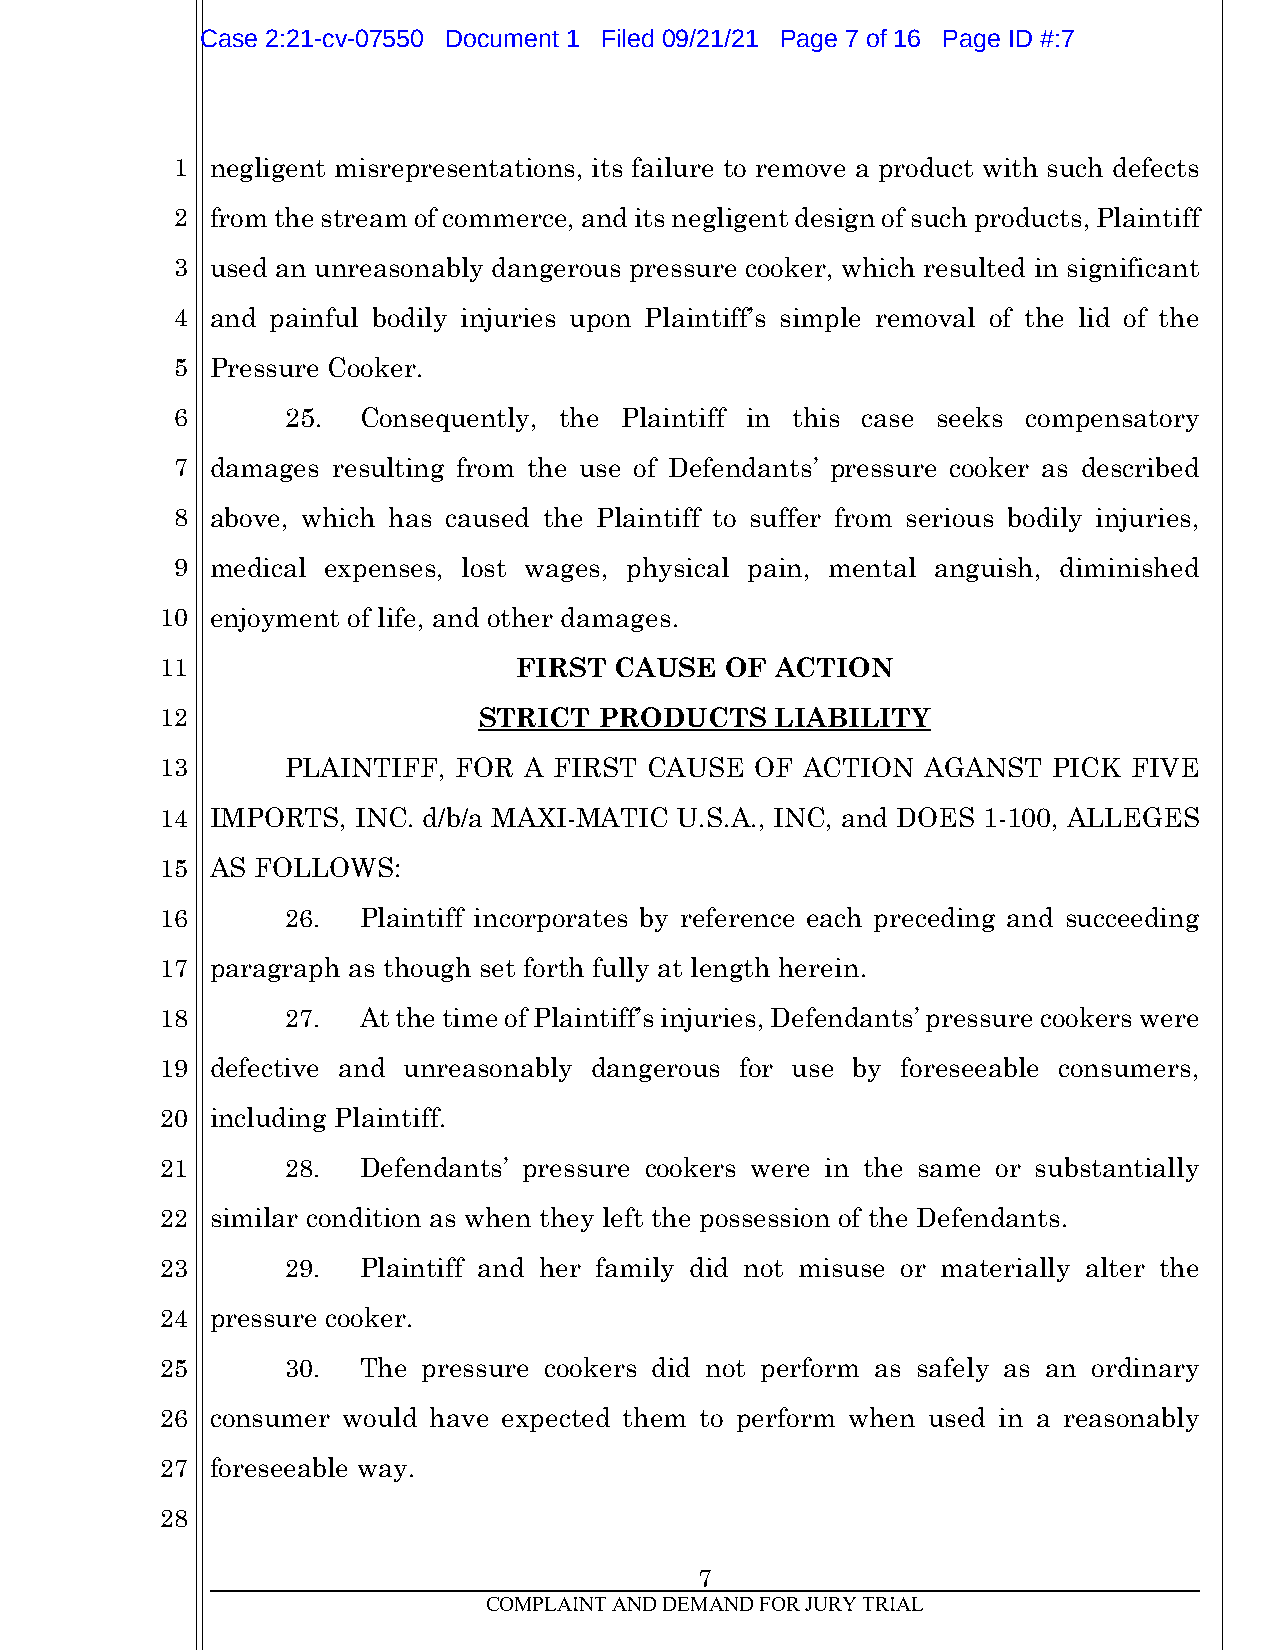
Case 2:21-cv-07550 Document 1 Filed 09/21/21 Page 7 of 16 Page ID #:7
 1  negligent misrepresentations, its failure to remove a product with such defects
 2  from the stream of commerce, and its negligent design of such products, Plaintiff
 3  used an unreasonably dangerous pressure cooker, which resulted in significant
 4  and painful bodily injuries upon Plaintiff’s simple removal of the lid of the
 5  Pressure Cooker.
 6       25.  Consequently, the Plaintiff in this case seeks compensatory
 7  damages resulting from the use of Defendants’ pressure cooker as described
 8  above, which has caused the Plaintiff to suffer from serious bodily injuries,
 9  medical expenses, lost wages, physical pain, mental anguish, diminished
 10 enjoyment of life, and other damages.
 11                     FIRST  CAUSE  OF ACTION
 12                   STRICT  PRODUCTS   LIABILITY
 13      PLAINTIFF, FOR  A FIRST CAUSE  OF ACTION  AGANST   PICK FIVE
 14 IMPORTS,  INC. d/b/a MAXI-MATIC U.S.A., INC, and DOES 1-100, ALLEGES
 15 AS FOLLOWS:
 16      26.  Plaintiff incorporates by reference each preceding and succeeding
 17 paragraph as though set forth fully at length herein.
 18      27.  At the time of Plaintiff’s injuries, Defendants’ pressure cookers were
 19 defective and unreasonably dangerous for use by foreseeable consumers,
 20 including Plaintiff.
 21      28.  Defendants’ pressure cookers were in the same or substantially
 22 similar condition as when they left the possession of the Defendants.
 23      29.  Plaintiff and her family did not misuse or materially alter the
 24 pressure cooker.
 25      30.  The pressure cookers did not perform as safely as an ordinary
 26 consumer would have expected them to perform when used in a reasonably
 27 foreseeable way.
 28
 7
 COMPLAINT AND DEMAND FOR JURY TRIAL